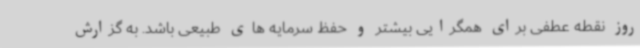
روز نقطه عطفی برای همگرایی بیشتر و حفظ سرمایه های طبیعی باشد. به گزارش